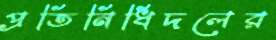
প্রতিনিধিদলের